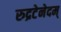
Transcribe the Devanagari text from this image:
रुद्रटेनेदम्